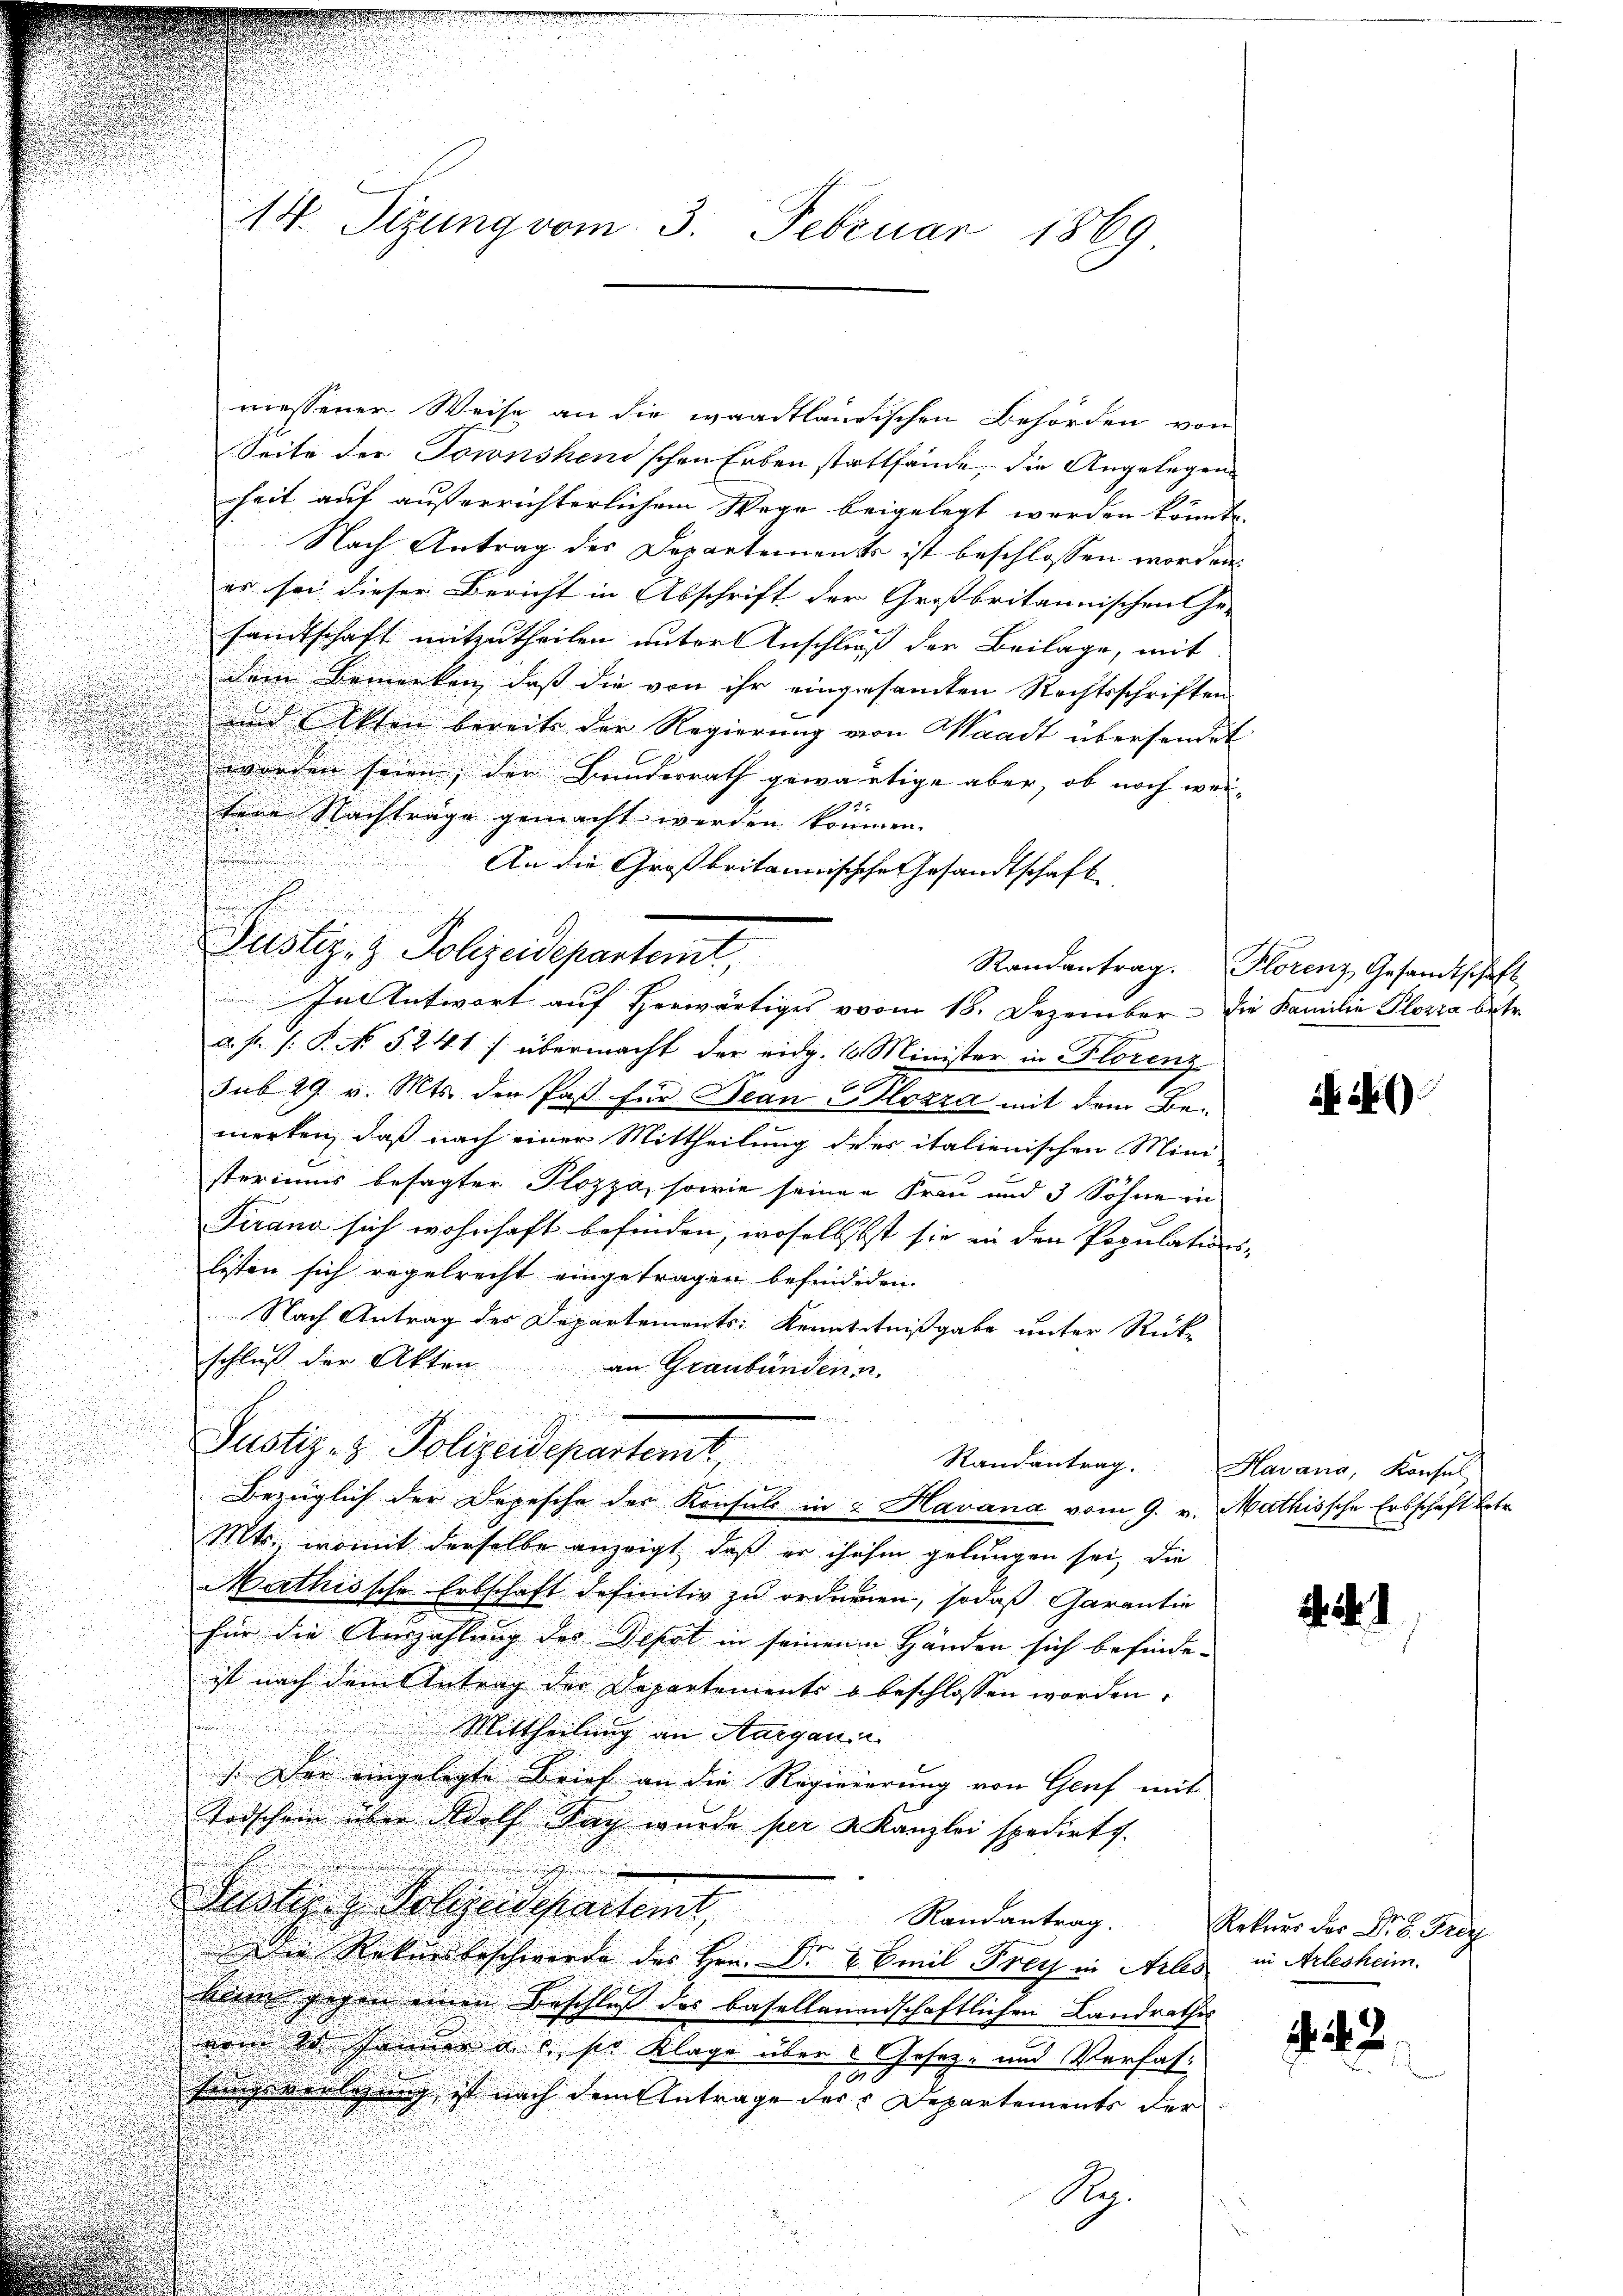
14. Sizung vom 3. Februar 1869

riessener Weise an die waadtländischen Behörden von
Seite der Townshen'schen Erben stattfände, die Angelegen
heit auf auserrichterlichem Wege beigelegt werden könnte.
Nach Antrag der Departements ist beschlossen worden.
es sei dieser Bericht in Abschrift der Grossbritannischen Ge- |
sandtschaft mitzutheilen unter Anschließ der Beilage, mit
dem Bemerken, dass die von ihr eingesamten Rechtsschriften
und Akten bereite der Regierung von Waadt übersendet
worden seien; der Bunderrath gewärtige aber, ob noch wei-
sene Nachtunge gemacht werden können.
An die Großbritannische Gesandtschaft
Justiz- & Polizeidepartemt,
In Antwort aŭf herwärtiges vom 18. Dezember die Familie Plozza betr.
a. f. J. P. No 5241) übermacht der eidg. 10 Minister in Florenz
sub 29 v. Mts. den Paß für Jean C. Plozza mit dem Be-
merken, daß nach einer Mittheilung ders italienischen Mini-
steriums besagter Plozza, sowie seiner Frau und 3 Söhne in
Tirana sich wohnhaft befinden, woselbst sie in den Populations-
listen sich regelrecht eingetragen befindeden
Nach Antrag des Departements Kenntntnißgabe unter Rück-
schluß der Akten
an Graubünden u.
u
Justiz- & Polizeidepartamt,
Randantrag.
Bezüglich der Depesche der Konsuls in Havana vom 9. v. Mathissche Erbschaft betr.
Mts., womit derselbe anzeigt, daß er ihahin gelungen sei, die
Mathissche Erbschaft definitiv zu ordnenen, sodaß Garantie
für die Auszahlung des Depot in seinen Händer sich befinde.
ist nach dem Antrag der Departements u beschlossen worden.
Mittheilung an Aargaui
) Der eingelegte Brief an die Regierierung von Genf mit
Todschein über Wolf Tag wurde per & Kanzlei spedirt.

.
Geistern Polizeidepartamt, Randantrag.
schen
Die Rekursbeschwerde des Hrn. D. u. Emil Frey in Arles in Arlesheim.
klin gegen einen Beschluss der basellanenschaftlichen Landrathes
vom 20 Januar a. c. ses Klage über 2 Gesetz- und Verfas¬
Eingereiligung ist nach dem Antrage der Departements der
N.

Randantrag. Florenz, Gesandtschaft

2)

Havana, Konsul

4.1

Rekurs der Dr. Frey

42